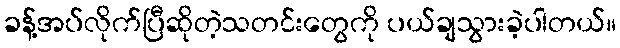
ခန့်အပ်လိုက်ပြီဆိုတဲ့သတင်းတွေကို ပယ်ချသွားခဲ့ပါတယ်။